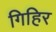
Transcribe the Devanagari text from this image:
गिहिर